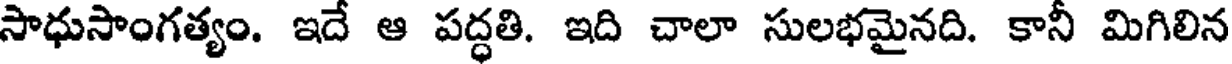
సాధుసాంగత్యం. ఇదే ఆ పద్ధతి. ఇది చాలా సులభమైనది. కానీ మిగిలిన